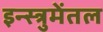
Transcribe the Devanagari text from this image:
इन्स्त्रुमेंतल